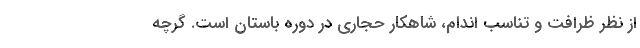
از نظر ظرافت و تناسب اندام، شاهکار حجاری در دوره باستان است. گرچه